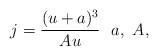
LaTeX: \begin{gather*}j=\frac{(u+a)^3}{Au} \ \ a, \ A,\end{gather*}